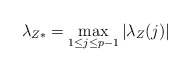
\begin{align*}\lambda_{Z*} = \max_{1\leq j\leq p-1} |\lambda_Z(j)|\end{align*}